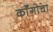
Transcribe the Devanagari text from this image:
कॉँगोचा